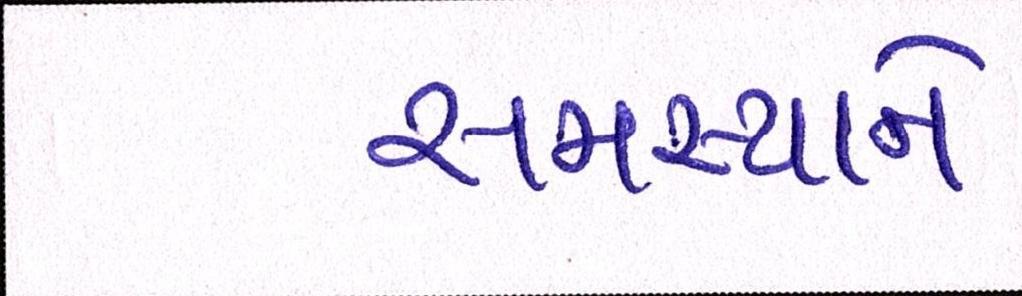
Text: સમસ્યાને